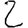
Digit: 2